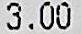
3.00